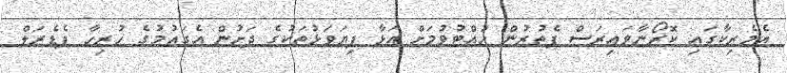
އެމެރިކާގައި ކޮރޯނާވައިރަސް ފެތުރުން ހުއްޓުވުމަށް އަޅާ ފިޔަވަޅުތަކުގެ ދަށުން އެގައުމުގެ ހުރިހާ ފެޑެރަލް